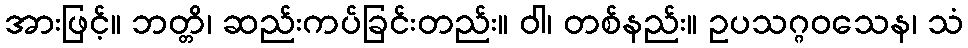
အားဖြင့်။ ဘတ္တိ၊ ဆည်းကပ်ခြင်းတည်း။ ဝါ၊ တစ်နည်း။ ဥပသဂ္ဂဝသေန၊ သံ